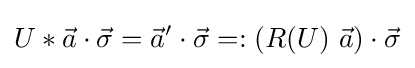
U*{\vec {a}}\cdot {\vec {\sigma }}={\vec {a}}'\cdot {\vec {\sigma }}=:(R(U)\ {\vec {a}})\cdot {\vec {\sigma }}